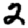
Digit: 2